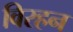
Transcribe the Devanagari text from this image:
विरहन